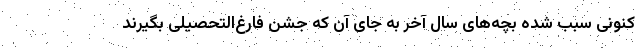
کنونی سبب شده بچه‌های سال آخر به جای آن که جشن فارغ‌التحصیلی بگیرند